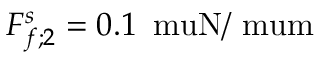
F _ { f ; 2 } ^ { s } = 0 . 1 \, \mathrm { \ m u N / \ m u m }